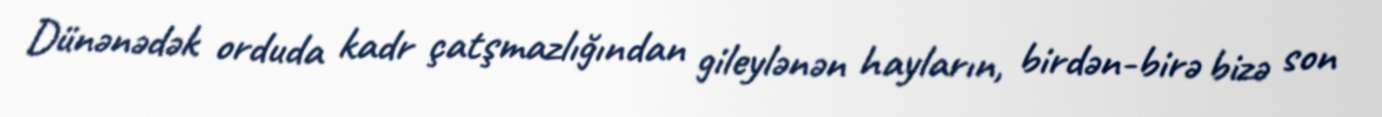
Dünənədək orduda kadr çatşmazlığından gileylənən hayların, birdən-birə bizə son